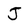
Character: J